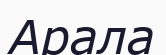
Арала